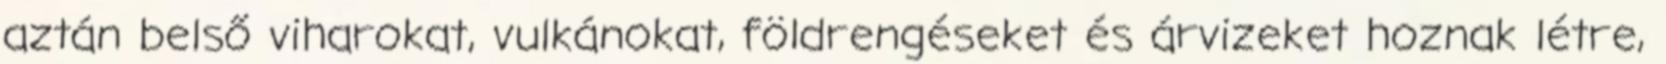
aztán belső viharokat, vulkánokat, földrengéseket és árvizeket hoznak létre,